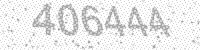
Solution: 406444